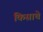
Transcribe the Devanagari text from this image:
किसाचे